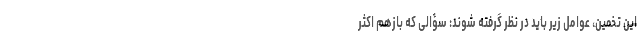
این تخمین، عوامل زیر باید در نظر گرفته شوند: سؤالی که بازهم اکثر